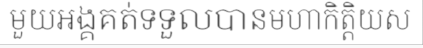
មួយអង្គគត់ទទួលបានមហាកិត្តិយស